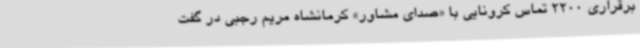
برقراری 2200 تماس کرونایی با «صدای مشاور» کرمانشاه مریم رجبی در گفت